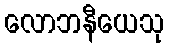
လောဘနီယေသု